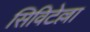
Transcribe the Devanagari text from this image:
सिविटेल्ला